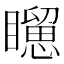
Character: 𥌐